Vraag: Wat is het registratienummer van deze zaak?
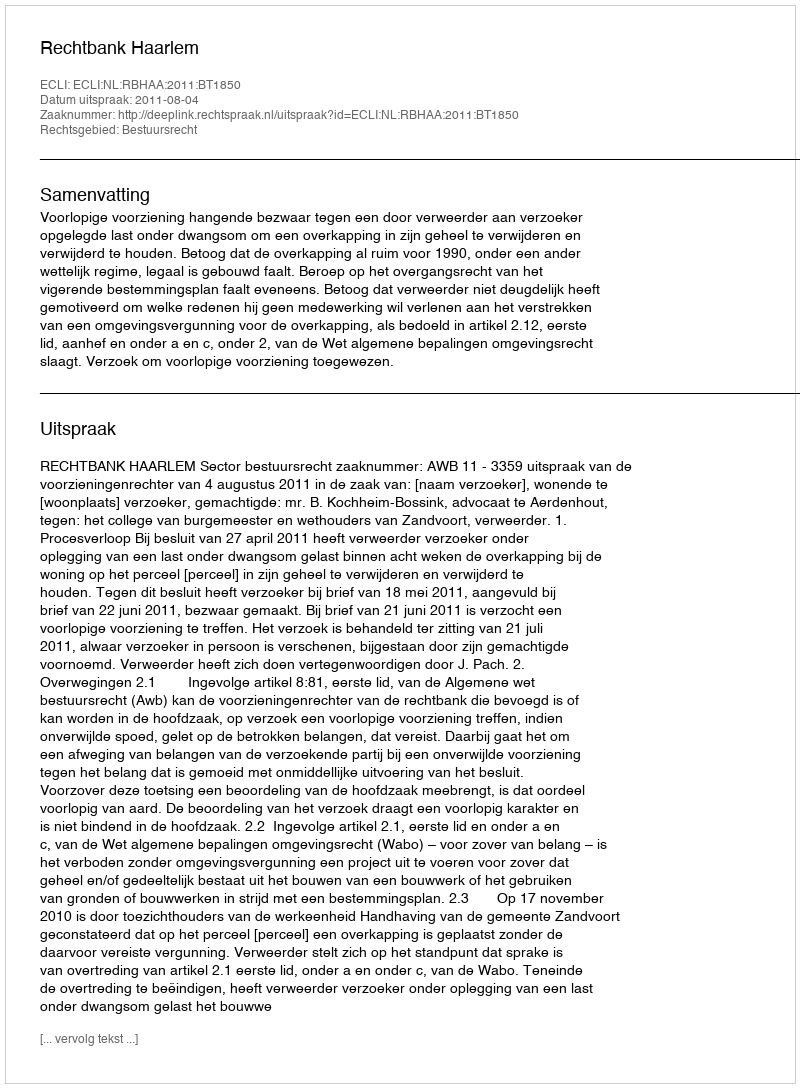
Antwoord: http://deeplink.rechtspraak.nl/uitspraak?id=ECLI:NL:RBHAA:2011:BT1850